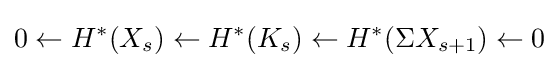
0\leftarrow H^{*}(X_{s})\leftarrow H^{*}(K_{s})\leftarrow H^{*}(\Sigma X_{s+1})\leftarrow 0